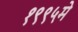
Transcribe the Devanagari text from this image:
१९९५मे